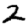
Digit: 2